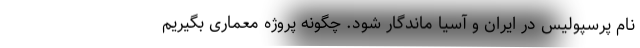
نام پرسپولیس در ایران و آسیا ماندگار شود. چگونه پروژه معماری بگیریم